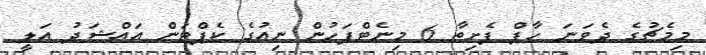
މިމެޗުގެ ދެވަނަ ހާފް ފެށިތާ 6 މިނެޓްފަހުން ނިއުގެ ކެޕްޓަން އައްޝަދު އަލީ